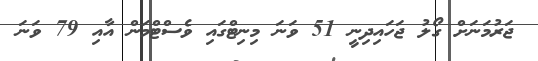
ޖަރުމަނަށް ގޯލު ޖަހައިދިނީ 51 ވަނަ މިނިޓްގައި ވެސްޓްމަން އާއި 79 ވަނަ